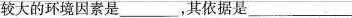
较大的环境因素是___，其依据是___